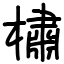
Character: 橚